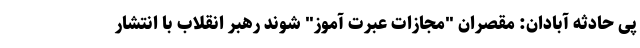
پی حادثه آبادان: مقصران "مجازات عبرت آموز" شوند رهبر انقلاب با انتشار